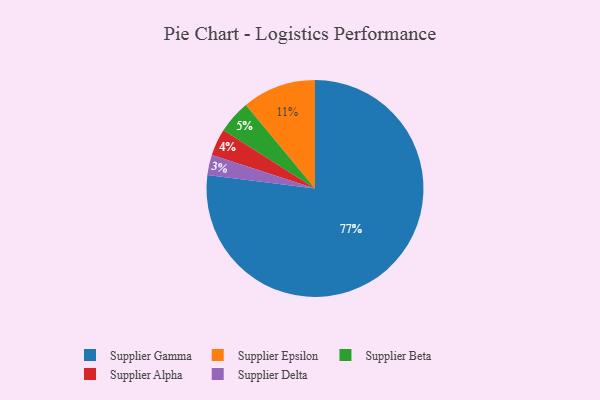
{"axis": {"x": "Category", "y": "Percentage"}, "legend": ["Supplier Alpha", "Supplier Beta", "Supplier Delta", "Supplier Epsilon", "Supplier Gamma"], "data": [{"x": "Supplier Beta", "y": 5, "type": "Supplier Beta"}, {"x": "Supplier Gamma", "y": 77, "type": "Supplier Gamma"}, {"x": "Supplier Epsilon", "y": 11, "type": "Supplier Epsilon"}, {"x": "Supplier Alpha", "y": 4, "type": "Supplier Alpha"}, {"x": "Supplier Delta", "y": 3, "type": "Supplier Delta"}]}